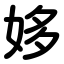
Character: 姼